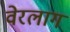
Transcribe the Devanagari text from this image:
वेरलाग